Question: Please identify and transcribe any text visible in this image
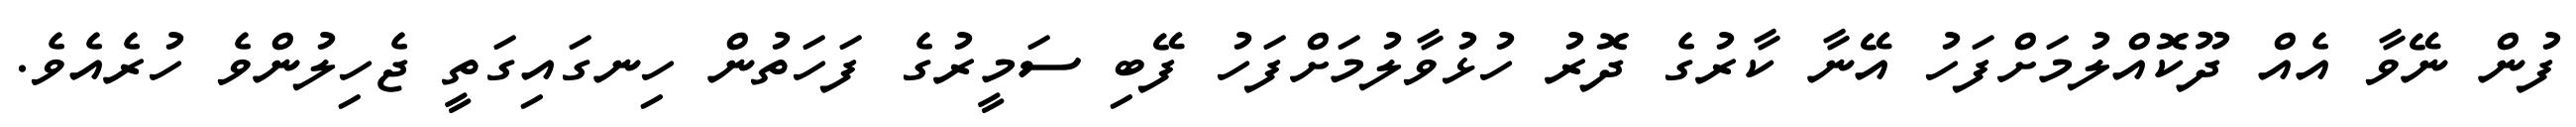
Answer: ފުން ނޭވާ އެއް ދޫކޮއްލުމަށްފަހު އޭނާ ކާރުގެ ދޮރު ހުޅުވާލުމަށްފަހު ފޭބި ސަމީރުގެ ފަހަތުން ހިނގައިގަތީ ޖެހިލުންވެ ހުރެއެވެ.